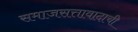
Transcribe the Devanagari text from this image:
समाजसत्तावादाची